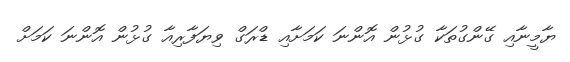
ޔާމީނާއި ގޭންގުތަކާ ގުޅުން އޮންނަ ކަމަށާއި ޑްރަގް ވިޔަފާރިއާ ގުޅުން އޮންނަ ކަމަށް